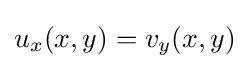
u_{x}(x,y)=v_{y}(x,y)